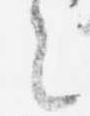
言